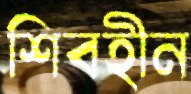
শিবহীন